Indian journal of veterinary science and animal husbandry - Volume 6,
Year: 1936
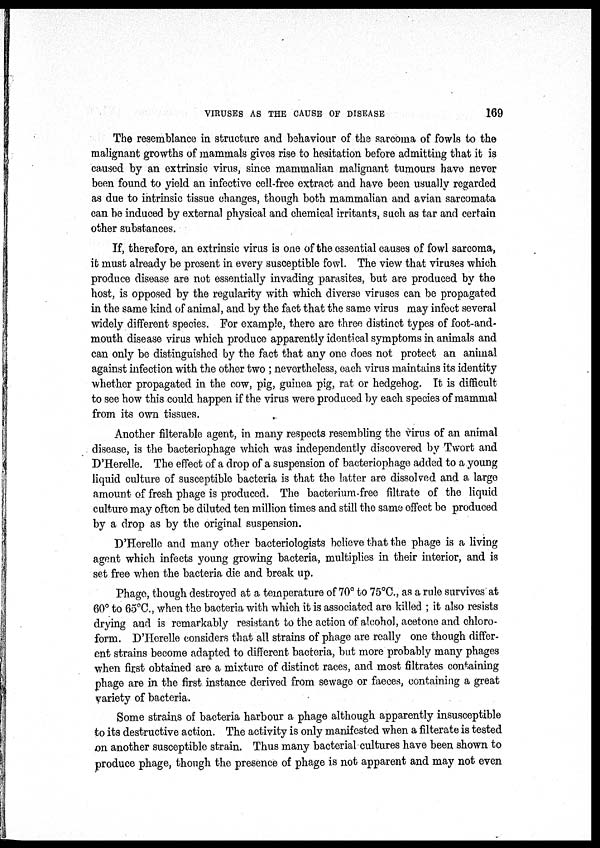
VIRUSES AS THE CAUSE OF DISEASE
169
The resemblance in structure and behaviour of the sarcoma of fowls to the
malignant growths of mammals gives rise to hesitation before admitting that it is
caused by an extrinsic virus, since mammalian malignant tumours have never
been found to yield an infective cell-free extract and have been usually regarded
as due to intrinsic tissue changes, though both mammalian and avian sarcomata
can be induced by external physical and chemical irritants, such as tar and certain
other substances.
If, therefore, an extrinsic virus is one of the essential causes of fowl sarcoma,
it must already be present in every susceptible fowl. The view that viruses which
produce disease are not essentially invading parasites, but are produced by the
host, is opposed by the regularity with which diverse viruses can be propagated
in the same kind of animal, and by the fact that the same virus may infect several
widely different species. For example, there are three distinct types of foot-and-
mouth disease virus which produce apparently identical symptoms in animals and
can only be distinguished by the fact that any one does not protect an animal
against infection with the other two ; nevertheless, each virus maintains its identity
whether propagated in the cow, pig, guinea pig, rat or hedgehog. It is difficult
to see how this could happen if the virus were produced by each species of mammal
from its own tissues.
Another filterable agent, in many respects resembling the virus of an animal
disease, is the bacteriophage which was independently discovered by Twort and
D'Herelle. The effect of a drop of a suspension of bacteriophage added to a young
liquid culture of susceptible bacteria is that the latter are dissolved and a large
amount of fresh phage is produced. The bacterium-free filtrate of the liquid
culture may often be diluted ten million times and still the same effect be produced
by a drop as by the original suspension.
D'Herelle and many other bacteriologists believe that the phage is a living
agent which infects young growing bacteria, multiplies in their interior, and is
set free when the bacteria die and break up.
Phage, though destroyed at a temperature of 70° to 75°C., as a rule survives at
60° to 65°C., when the bacteria with which it is associated are killed ; it also resists
drying and is remarkably resistant to the action of alcohol, acetone and chloro-
form. D'Herelle considers that all strains of phage are really one though differ-
ent strains become adapted to different bacteria, but more probably many phages
when first obtained are a mixture of distinct races, and most filtrates containing
phage are in the first instance derived from sewage or faeces, containing a great
variety of bacteria.
Some strains of bacteria harbour a phage although apparently insusceptible
to its destructive action. The activity is only manifested when a filterate is tested
on another susceptible strain. Thus many bacterial cultures have been shown to
produce phage, though the presence of phage is not apparent and may not even